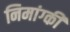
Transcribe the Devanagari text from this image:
निमांग्की